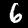
Digit: 6